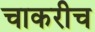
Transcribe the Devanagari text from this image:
चाकरीच